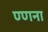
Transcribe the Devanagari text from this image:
ण्णना